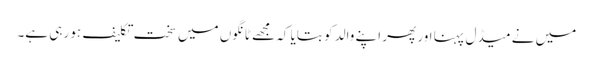
میں نے میڈل پہنا اور پھر اپنے والد کو بتایا کہ مجھے ٹانگوں میں سخت تکلیف ہو رہی ہے۔